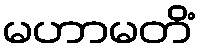
မဟာမတိံ